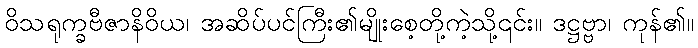
ဝိသရုက္ခဗီဇာနိဝိယ၊ အဆိပ်ပင်ကြီး၏မျိုးစေ့တို့ကဲ့သို့၎င်း။ ဒဋ္ဌဗ္ဗာ၊ ကုန်၏။